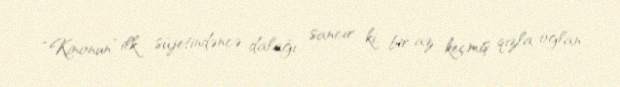
“Kinonun” ilk süjetindəncə dalağı sancır ki, bir az keçmiş qızla oğlan